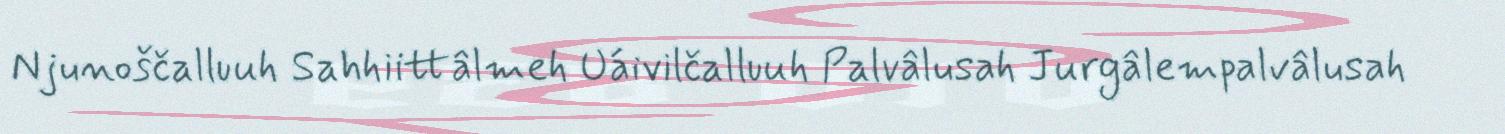
Njunoščalluuh Sahhiittâlmeh Uáivilčalluuh Palvâlusah Jurgâlempalvâlusah